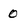
Character: 0